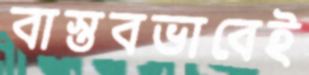
বাস্তবভাবেই